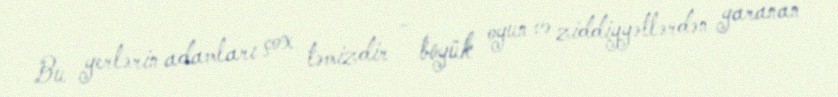
Bu yerlərin adamları çox təmizdir - böyük oyun və ziddiyyətlərdən yaranan